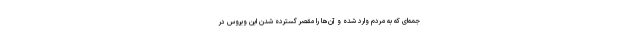
جمه‌ای که به مردم وارد شده و آن‌ها را مقصر گسترده شدن این ویروس در